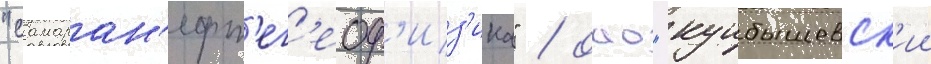
"самаран'ефт'ег'еоф'из'ика" / оао "куибышевск'ии